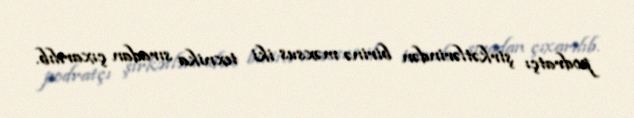
podratçı şirkətlərindən birinə məxsus iki texnika sıradan çıxarılıb.